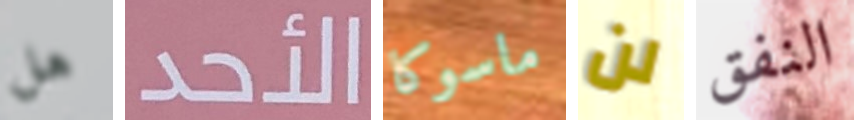
هل الأحد ماسوكا لن النفق